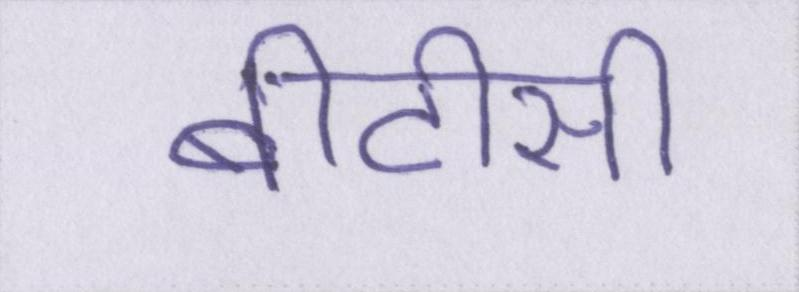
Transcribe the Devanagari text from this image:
बीटीसी